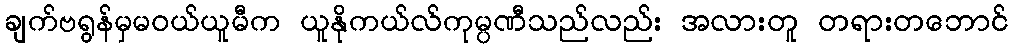
ချက်ဗရွန်မှမဝယ်ယူမီက ယူနိုကယ်လ်ကုမ္ပဏီသည်လည်း အလားတူ တရားတဘောင်